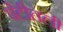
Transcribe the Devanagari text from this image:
पेटीतली